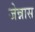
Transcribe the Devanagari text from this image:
जेन्नास